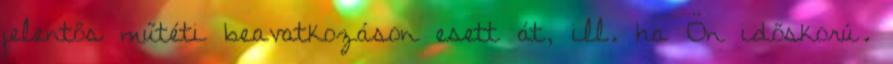
jelentős műtéti beavatkozáson esett át, ill. ha Ön időskorú.